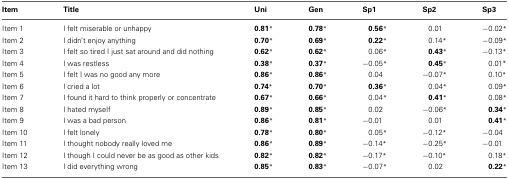
| Item | Title | Uni | Gen | Sp1 | Sp2 | Sp3 |
 | --- | --- | --- | --- | --- | --- | --- |
 | Item 1 | I felt miserable or unhappy | 0.81* | 0.78* | 0.56* | 0.01 | −0.02* |
 | Item 2 | I didn't enjoy anything | 0.70* | 0.69* | 0.22* | 0.14* | −0.09* |
 | Item 3 | I felt so tired I just sat around and did nothing | 0.62* | 0.62* | 0.06* | 0.43* | −0.13* |
 | Item 4 | I was restless | 0.38* | 0.37* | −0.05* | 0.45* | 0.01* |
 | Item 5 | I felt I was no good any more | 0.86* | 0.86* | 0.04 | −0.07* | 0.10* |
 | Item 6 | I cried a lot | 0.74* | 0.70* | 0.36* | 0.04* | 0.09* |
 | Item 7 | I found it hard to think properly or concentrate | 0.67* | 0.66* | 0.04* | 0.41* | 0.08* |
 | Item 8 | I hated myself | 0.89* | 0.85* | 0.02 | −0.06* | 0.34* |
 | Item 9 | I was a bad person | 0.86* | 0.81* | −0.01 | 0.01 | 0.41* |
 | Item 10 | I felt lonely | 0.78* | 0.80* | 0.05* | −0.12* | −0.04 |
 | Item 11 | I thought nobody really loved me | 0.86* | 0.89* | −0.14* | −0.25* | −0.01 |
 | Item 12 | I though I could never be as good as other kids | 0.82* | 0.82* | −0.17* | −0.10* | 0.18* |
 | Item 13 | I did everything wrong | 0.85* | 0.83* | −0.07* | 0.02 | 0.22* |